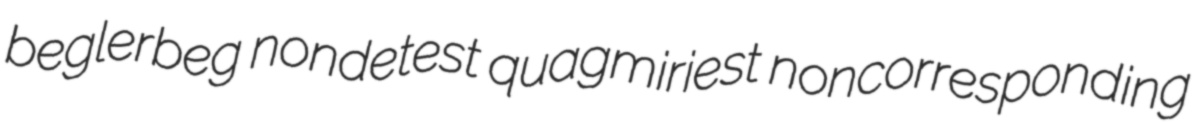
beglerbeg nondetest quagmiriest noncorresponding